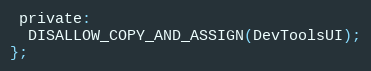
Language: C
 private:
  DISALLOW_COPY_AND_ASSIGN(DevToolsUI);
};